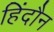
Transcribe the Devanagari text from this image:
हिंदौन